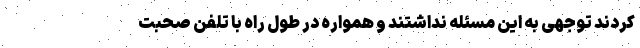
کردند توجهی به این مسئله نداشتند و همواره در طول راه با تلفن صحبت